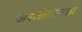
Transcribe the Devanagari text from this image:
अश्लीलीलता